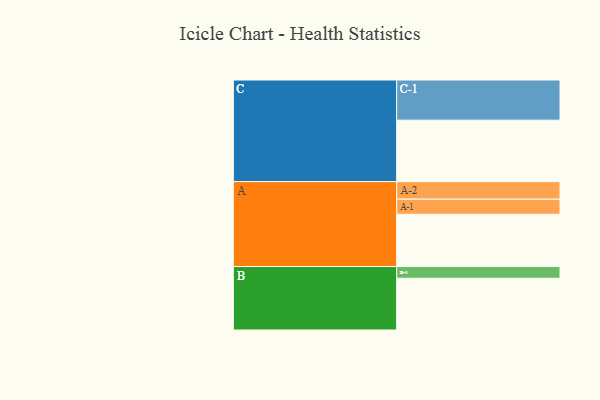
{"axis": {"x": "Segment", "y": "Value"}, "legend": ["", "A", "B", "C"], "data": [{"x": "A", "y": 384, "type": ""}, {"x": "B", "y": 380, "type": ""}, {"x": "C", "y": 451, "type": ""}, {"x": "A-1", "y": 111, "type": "A"}, {"x": "A-2", "y": 129, "type": "A"}, {"x": "B-1", "y": 86, "type": "B"}, {"x": "C-1", "y": 295, "type": "C"}]}